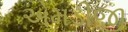
એમડીજી